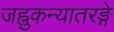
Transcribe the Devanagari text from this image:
जह्नुकन्यातरङ्गे